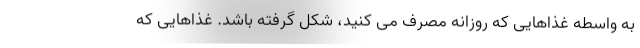
به واسطه غذاهایی که روزانه مصرف می کنید، شکل گرفته باشد. غذاهایی که